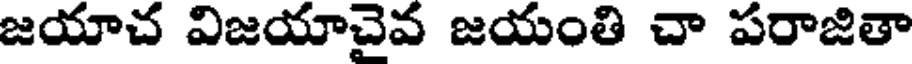
జయాచ విజయాచైవ జయంతి చా పరాజితా